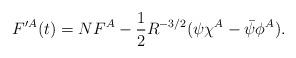
LaTeX: \begin{align*}F^{\prime A}(t)=NF^A-\frac{1}{2}R^{-3/2}(\psi\chi^A -\bar\psi\phi^A).\end{align*}